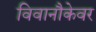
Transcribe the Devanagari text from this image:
विवानौकेवर